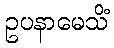
ဥပနာမေသိံ